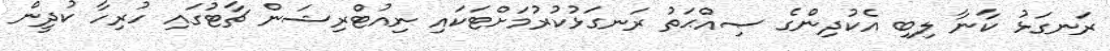
ރަނގަޅު ކާނާ ލިބި އެކުދިންގެ ޞިއްޙަތު ރަނގަޅުކުރުމަށްޓަކައި ނިއުޓްރިޝަން ޗާޓުގައި ހުރިހާ ކުދީން